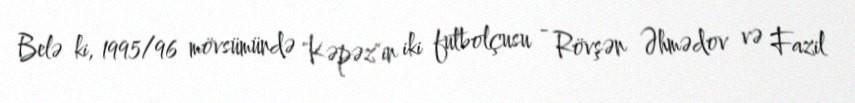
Belə ki, 1995/96 mövsümündə "Kəpəz"in iki futbolçusu - Rövşən Əhmədov və Fazil